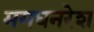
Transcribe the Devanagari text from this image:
मगधनरेश